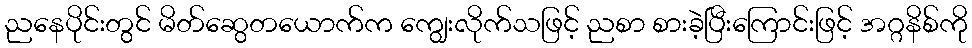
ညနေပိုင်းတွင် မိတ်ဆွေတယောက်က ကျွေးလိုက်သဖြင့် ညစာ စားခဲ့ပြီးကြောင်းဖြင့် အဂ္ဂနိစ်ကို